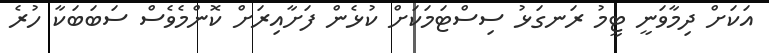
އަކަށް ދިމާވަނީ ޓީމު ރަނގަޅު ސިސްޓަމަކަށް ކުޅެން ފަށާއިރަށް ކޮންމެވެސް ސަބަބަކާ ހުރެ